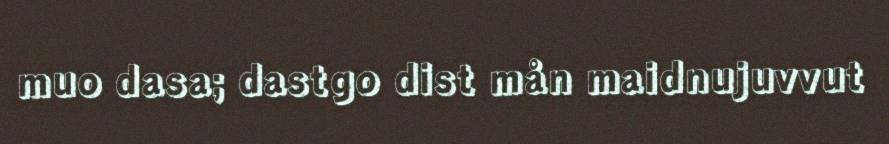
muo dasa; dastgo dist mån maidnujuvvut